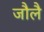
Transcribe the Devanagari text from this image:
जौलै